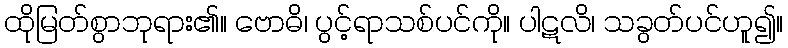
ထိုမြတ်စွာဘုရား၏။ ဗောဓိ၊ ပွင့်ရာသစ်ပင်ကို။ ပါဋလိ၊ သခွတ်ပင်ဟူ၍။